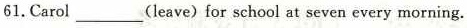
61.Carol ___ (leave) for school at seven every morning.